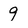
Character: 9